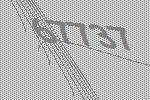
67737